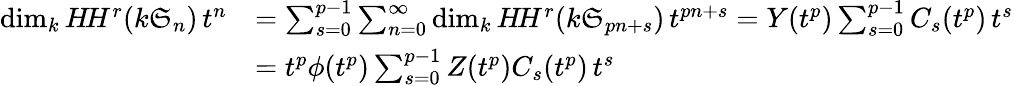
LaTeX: \begin{array}{rl}{\dim_{k}H\! H^{r}(k\mathfrak S_{n})\, t^{n}}&{=\sum_{s=0}^{p-1}\sum_{n=0}^{\infty}\dim_{k}H\! H^{r}(k\mathfrak S_{pn+s})\, t^{pn+s}=Y(t^{p})\sum_{s=0}^{p-1}C_{s}(t^{p})\, t^{s}}\\ &{=t^{p}\phi(t^{p})\sum_{s=0}^{p-1}Z(t^{p})C_{s}(t^{p})\, t^{s}}\end{array}